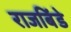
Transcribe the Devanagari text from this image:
राजबिंडे